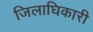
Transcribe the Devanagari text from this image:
जिलाघिकारी